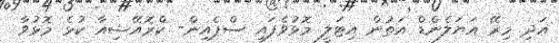
އަދި މިރޭ އަޔަލެންޑް އަތުން އިޓަލީ މޮޅުވެފައި ސްޕެއިން- ކްރޮއޭޝިއާ ކުޅެ މޮޅުވާ